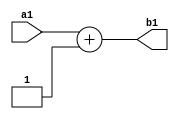
`timescale 1ns / 1ps
module adder_IF(
    input [31:0] a1,
    output [31:0] b1
    );
assign b1= a1 +2'b01;
endmodule